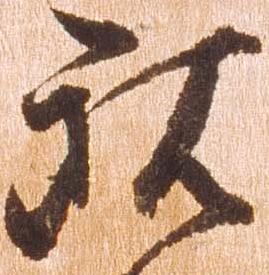
観